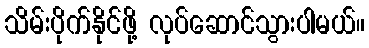
သိမ်းပိုက်နိုင်ဖို့ လုပ်ဆောင်သွားပါမယ်။